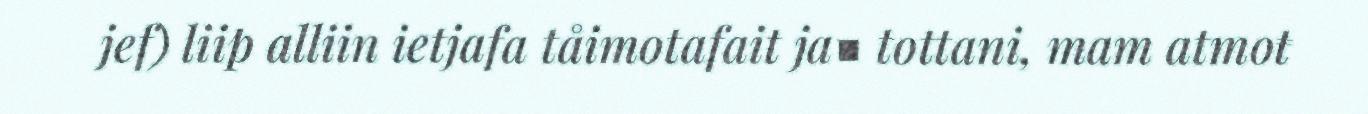
jef) liip alliin ietjafa tåimotafait ja■ tottani, mam atmoŧ